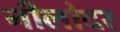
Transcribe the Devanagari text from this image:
नीलोदर